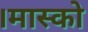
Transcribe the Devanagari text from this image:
।मास्को